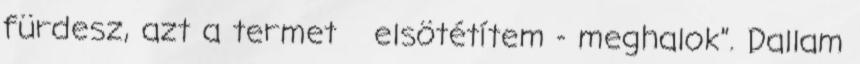
fürdesz, azt a termet elsötétítem - meghalok”. Dallam